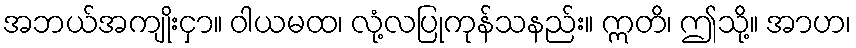
အဘယ်အကျိုးငှာ။ ဝါယမထ၊ လုံ့လပြုကုန်သနည်း။ ဣတိ၊ ဤသို့။ အာဟ၊